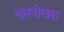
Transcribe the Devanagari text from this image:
थुमपोखरा